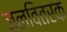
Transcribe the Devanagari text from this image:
जलवितरक